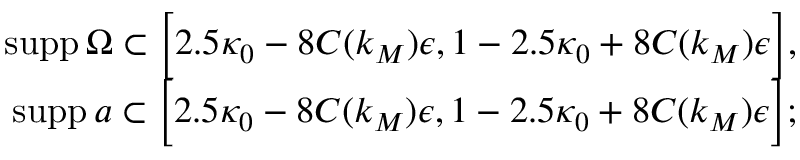
\begin{array} { r } { \mathrm { s u p p } \, \Omega \subset \Big [ 2 . 5 \kappa _ { 0 } - 8 C ( k _ { M } ) \epsilon , 1 - 2 . 5 \kappa _ { 0 } + 8 C ( k _ { M } ) \epsilon \Big ] , } \\ { \mathrm { s u p p } \, a \subset \Big [ 2 . 5 \kappa _ { 0 } - 8 C ( k _ { M } ) \epsilon , 1 - 2 . 5 \kappa _ { 0 } + 8 C ( k _ { M } ) \epsilon \Big ] ; } \end{array}